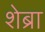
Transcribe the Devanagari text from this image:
शेब्रा